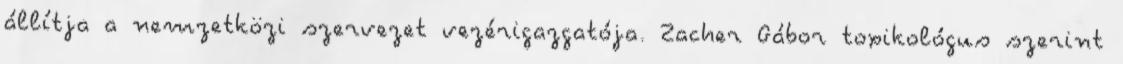
állítja a nemzetközi szervezet vezérigazgatója. Zacher Gábor toxikológus szerint